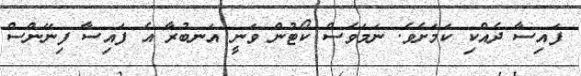
ފައިސާ ދެއްކި ކަމަށެވެ. ނަމަވެސް ކޯޓުން ވަނީ އަނބުރާ އެ ފައިސާ ފިނޭންސް